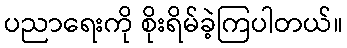
ပညာရေးကို စိုးရိမ်ခဲ့ကြပါတယ်။